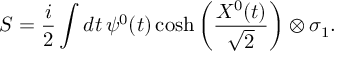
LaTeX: S = \frac { i } { 2 } \int d t \, \psi ^ { 0 } ( t ) \cosh \left( \frac { X ^ { 0 } ( t ) } { \sqrt { 2 } } \right) \otimes \sigma _ { 1 } .